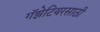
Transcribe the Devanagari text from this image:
गॅझेटियरसाठी